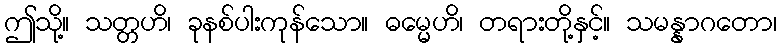
ဤသို့။ သတ္တဟိ၊ ခုနစ်ပါးကုန်သော။ ဓမ္မေဟိ၊ တရားတို့နှင့်။ သမန္နာဂတော၊